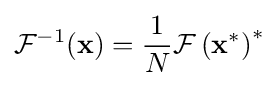
{\mathcal {F}}^{-1}(\mathbf {x} )={\frac {1}{N}}{\mathcal {F}}\left(\mathbf {x} ^{*}\right)^{*}